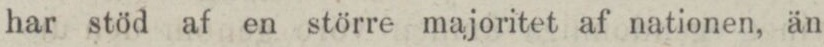
har stöd af en större majoritet af nationen, än